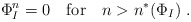
\begin{align*}\Phi_I^n=0\ \ \ \mbox{for}\ \ \ n>n^*(\Phi_I)\ .\end{align*}